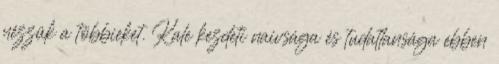
nézzük a többieket. Kale kezdeti naivsága és tudatlansága ebben